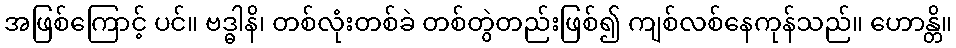
အဖြစ်ကြောင့် ပင်။ ဗဒ္ဓါနိ၊ တစ်လုံးတစ်ခဲ တစ်တွဲတည်းဖြစ်၍ ကျစ်လစ်နေကုန်သည်။ ဟောန္တိ။